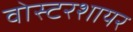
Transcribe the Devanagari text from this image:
वोस्टरशायर